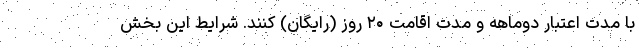
با مدت اعتبار دوماهه و مدت اقامت ۲۰ روز (رایگان) کنند. شرایط این بخش